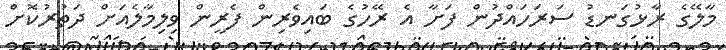
މާލޭގެ ރާޅުގަނޑު ސަރަހައްދުން ފަށާ އެ ރޭހުގެ ބައިވެރިން ފެރީން ވިލިމާލެއަށް ދަތުރުކޮށް